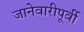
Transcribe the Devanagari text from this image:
जानेवारीपूर्वी